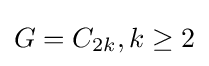
G=C_{2k},k\geq 2